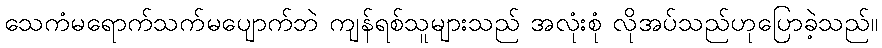
သေကံမရောက်သက်မပျောက်ဘဲ ကျန်ရစ်သူများသည် အလုံးစုံ လိုအပ်သည်ဟုပြောခဲ့သည်။